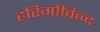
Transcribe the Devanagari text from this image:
हरिगोविन्द